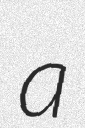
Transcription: a